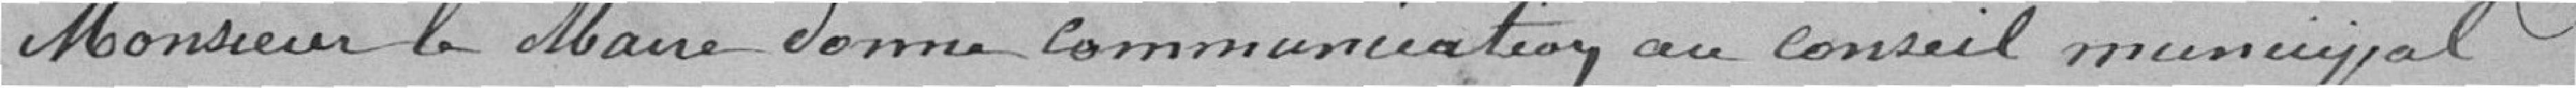
Monsieur le Maire donne communication au conseil municipal